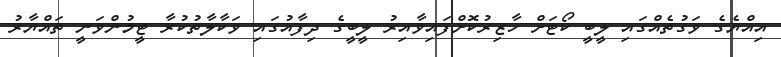
އިއްޔެގެ ވަގުތެއްގައި ލީބީ ކޯޓަށް ހާޒިރުކޮށްފައިވާއިރު ލީބީގެ ދިފާއުގައި ވަކާލާތުކުރާ ޓީމުންވަނީ ތައްޔާރު